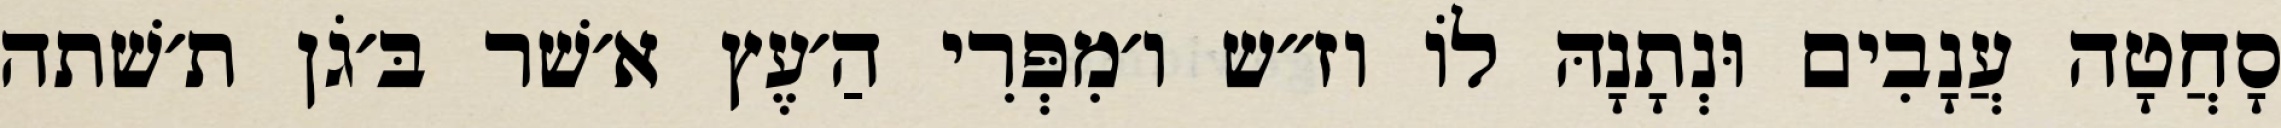
סָחֲטָה עֲנָבִים וּנְתָנָהּ לוֹ וז״ש ו׳מִפְּרִי הַ׳עֶץ א׳שׁר בּ׳גֹן ת׳שׁתה